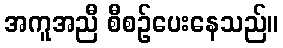
အကူအညီ စီစဉ်ပေးနေသည်။